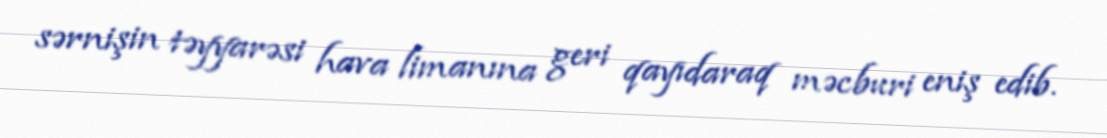
sərnişin təyyarəsi hava limanına geri qayıdaraq məcburi eniş edib.